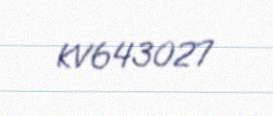
KV643027